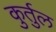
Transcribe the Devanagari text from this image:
कुर्तुल